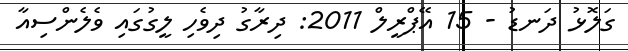
ގަލޮޅު ދަނޑު - 15 އޭޕްރީލް 2011: ދިރާގު ދިވެހި ލީގުގައި ވެލެންސިއާ